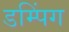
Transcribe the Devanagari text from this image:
डम्पिंग